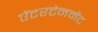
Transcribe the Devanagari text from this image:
ऐंटरटेनमेंट